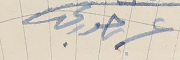
عرىر حورى